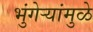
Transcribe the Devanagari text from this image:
भुंगेर्‍यांमुळे